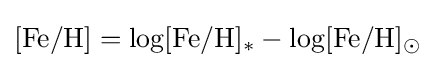
[{\ce {Fe/H}}]=\log[{\ce {Fe/H}}]_{*}-\log[{\ce {Fe/H}}]_{\odot }